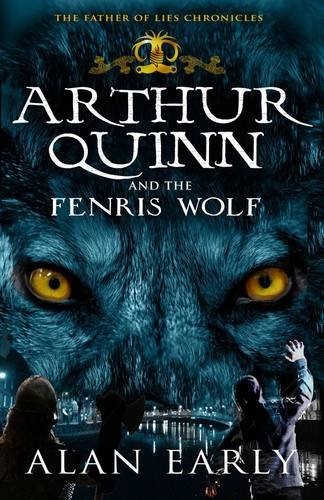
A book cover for Arthur Quinn and the Fenris Wolf (The Father of Lies Chronicles); Alan Early; Children's Books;